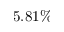
5 . 8 1 \%